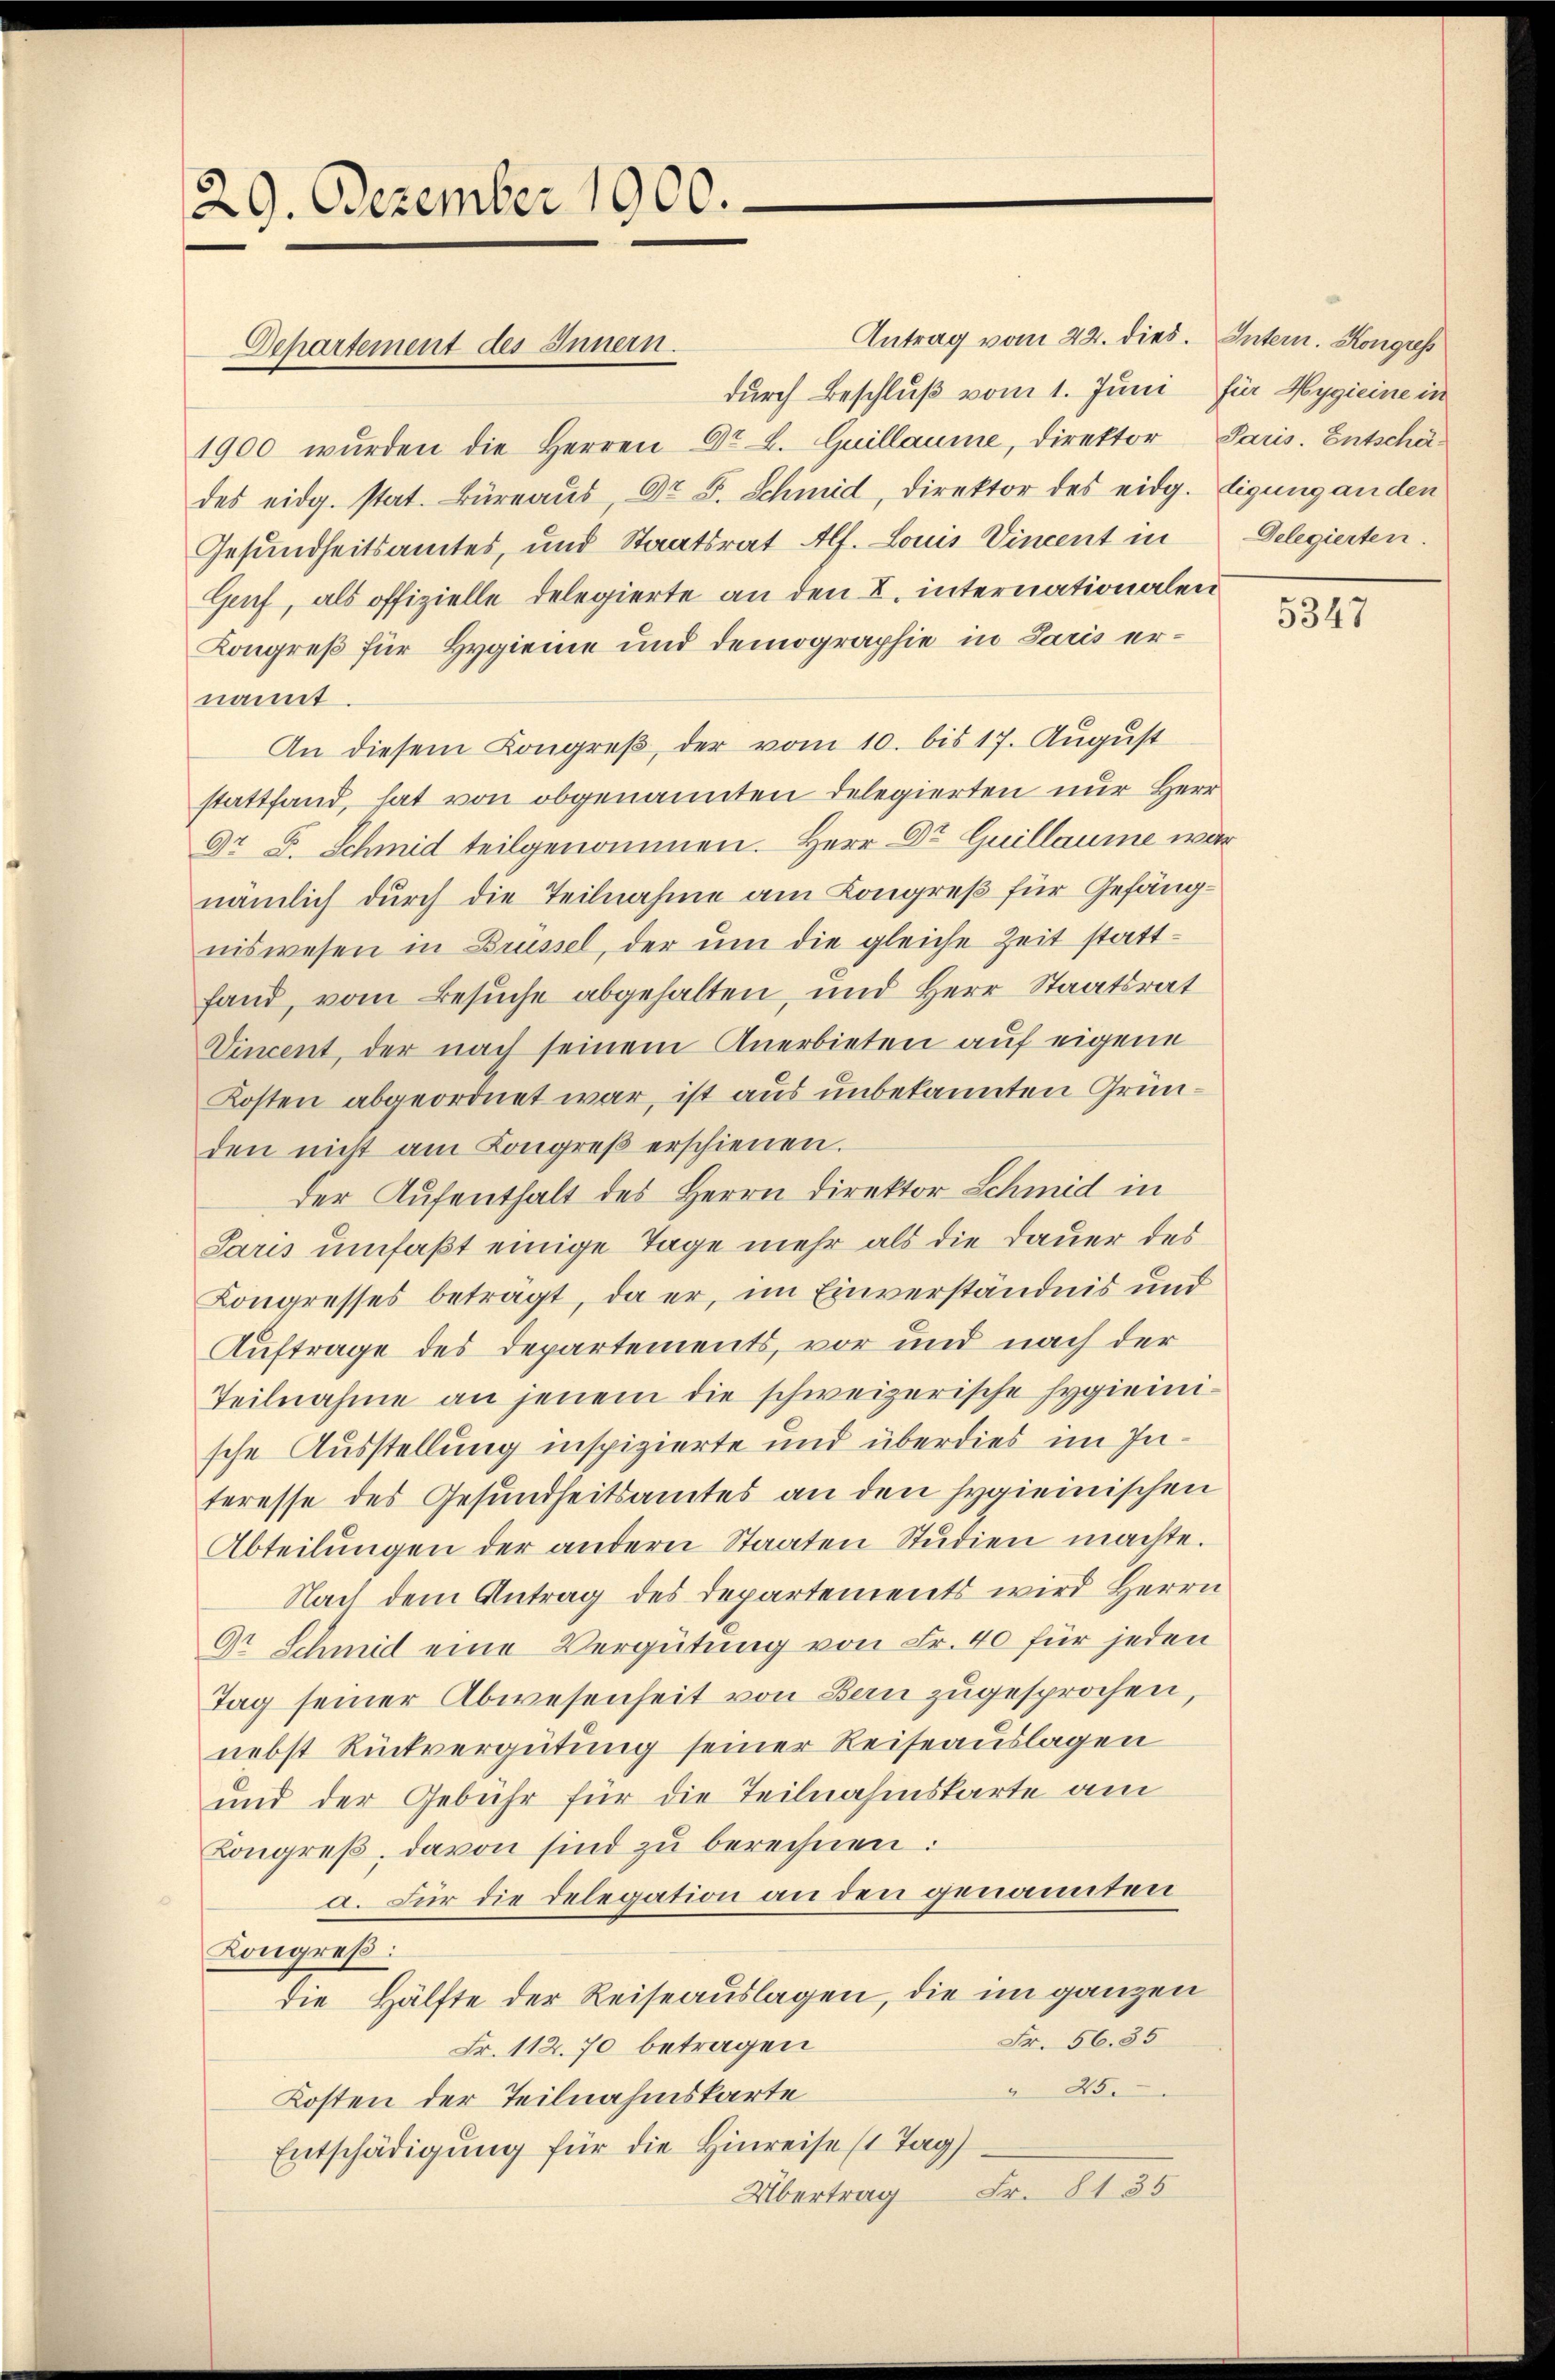
29. Dezember 1900.

1900 wurden die Herren Dr. L. Guillaume, Direktor Paris. Entschädes eidg. stat. Büreaŭs, Dr. F. Schmid, Direktor des eidg. Tigung an den
Gesundheitsamtes, und Staatsrat Alf. Louis Vincent in
Genf, als offizielle delegierte an den L. internationalen
Kongreß für Hygienie und demographie in Paris ernannt
An diesem Kongreß, der vom 10. bis 17. August
stattfand, hat von obgenannten Delegierten nur Herr
9r F. Schmid teilgenommen. Herr Dr Guillaume war
nämlich durch die Teilnahme am Kongreß für Gefängniswesen in Brüssel, der um die gleiche Zeit stattfand, vom Besuche abgehalten, und Herr Staatsrat
Vincent, der nach seinem Anerbieten auf eigene
Kosten abgeordnet war, ist aus unbekannten Gründen nicht am Kongreβ erschienen.
der Aufenthalt des Herrn Direktor Schmid in
Paris umfaßt einige Tage mehr als die Dauer des
Kongresses beträgt, da er, im Einverständnis und
Auftrage des Departements, vor und nach der
Teilnahme an jenem die schweizerische Hygieinische Ausstellung inspizierte und überdies im Interesse des Gesundheitsamtes an den Hygienischen
Abteilŭngen der anderer Staaten Stŭdien machte.
Nach dem Antrag des Departements wird Herrn
Dr Schmid eine Vergütung von Fr. 40 für jeden
Tag seiner Abwesenheit von Bau zugesprochen,
nebst Rückvergütung seiner Reiseauslagen
und der Gebühr für die Teilnahmskarte am
Longreß, davon sind zu berechnen:
a. Für die Delegation an den genannten
Kongreß:
die Hälfte der Reiseauslagen, die im ganzen
Fr. 56. 35
Fr. 112.70 betragen
 45.
Kosten der Teilnahmskarte
Entschädigung für die Hinreise (Tag)
Fr. 8135
Übertrag

Departement des Innern.

Antrag vom 22. dies. Intern. Kongress
durch Beschluß vom 1. Juni für Hygieine in

Delegierten.

5347